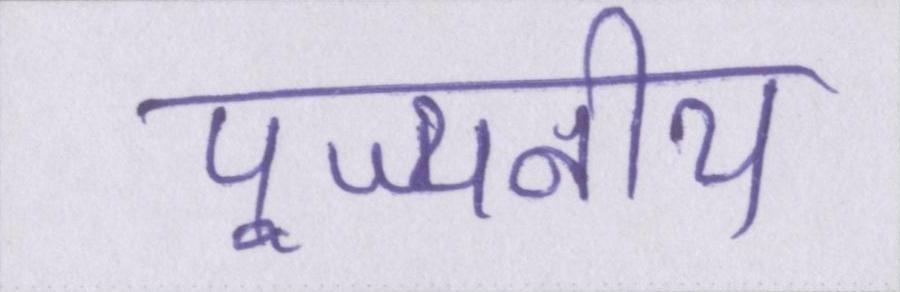
पूज्यनीय